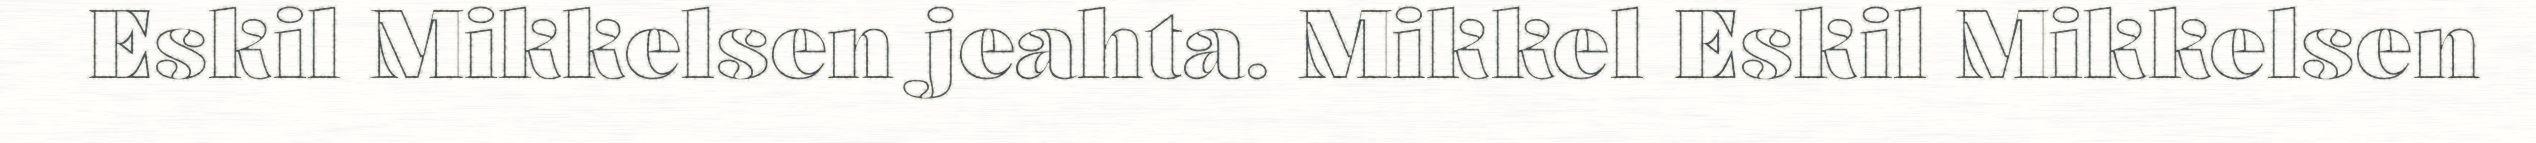
Eskil Mikkelsen jeahta. Mikkel Eskil Mikkelsen